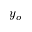
y _ { o }